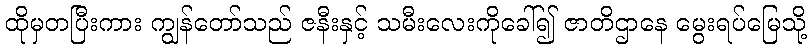
ထိုမှတပြီးကား ကျွန်တော်သည် ဇနီးနှင့် သမီးလေးကိုခေါ်၍ ဇာတိဌာနေ မွေးရပ်မြေသို့